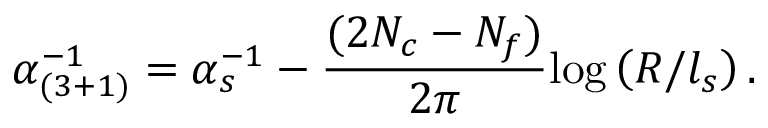
\alpha _ { ( 3 + 1 ) } ^ { - 1 } = \alpha _ { s } ^ { - 1 } - \frac { ( 2 N _ { c } - N _ { f } ) } { 2 \pi } \mathrm { l o g } \left( R / l _ { s } \right) .